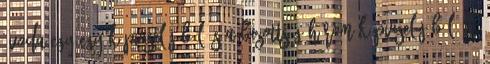
óvoda egy-egy képviselőjéből és a bizottság három képviselőjéből álló